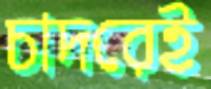
চাদরেই